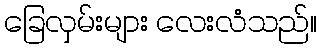
ခြေလှမ်းများ လေးလံသည်။